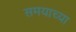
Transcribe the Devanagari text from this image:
समयाच्या